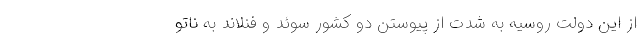
از این دولت روسیه به شدت از پیوستن دو کشور سوئد و فنلاند به ناتو